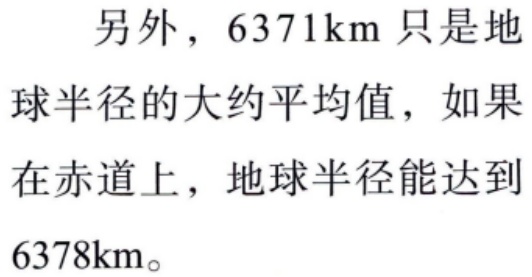
另外，$6371\text{km}$只是地球半径的大约平均值，如果在赤道上，地球半径能达到$6378\text{km}$。